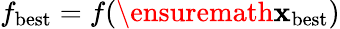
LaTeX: f_{\mathrm{best}}=f(\ensuremath{\mathbf{x}}_{\mathrm{best}})